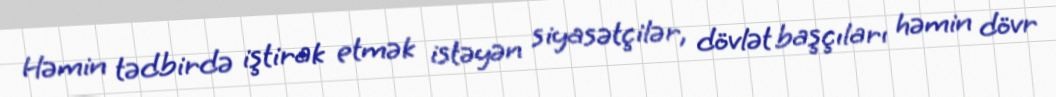
Həmin tədbirdə iştirak etmək istəyən siyasətçilər, dövlət başçıları həmin dövr